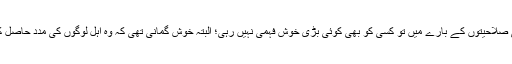
ان کی ذہنی صلاحیتوں کے بارے میں تو کسی کو بھی کوئی بڑی خوش فہمی نہیں رہی؛ البتہ خوش گمانی تھی کہ وہ اہل لوگوں کی مدد حاصل کر لیں گے۔